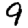
Digit: 9